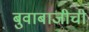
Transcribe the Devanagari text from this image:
बुवाबाजीची